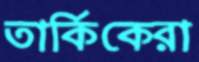
তার্কিকেরা